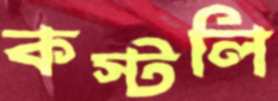
কস্টলি